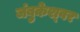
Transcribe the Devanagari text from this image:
जंबुकेश्‍वर